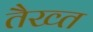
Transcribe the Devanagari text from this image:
तैख्त